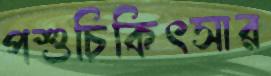
পশুচিকিৎসার